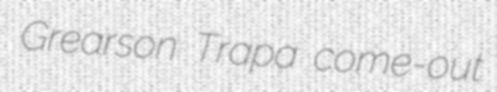
Grearson Trapa come-out